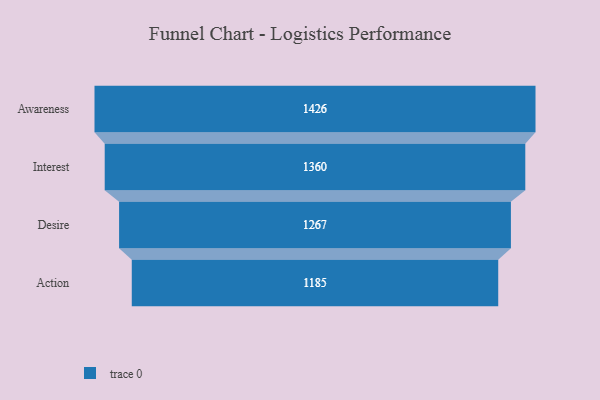
{"axis": {"x": "Stage", "y": "Value"}, "legend": [""], "data": [{"x": "Awareness", "y": 1426.0, "type": ""}, {"x": "Interest", "y": 1360.0, "type": ""}, {"x": "Desire", "y": 1267.0, "type": ""}, {"x": "Action", "y": 1185.0, "type": ""}]}